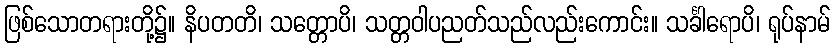
ဖြစ်သောတရားတို့၌။ နိပတတိ၊ သတ္တောပိ၊ သတ္တဝါပညတ်သည်လည်းကောင်း။ သင်္ခါရောပိ၊ ရုပ်နာမ်